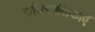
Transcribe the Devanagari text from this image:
रुधिरनलिकाएँ